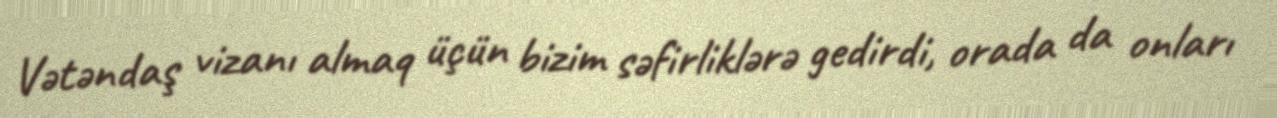
Vətəndaş vizanı almaq üçün bizim səfirliklərə gedirdi, orada da onları